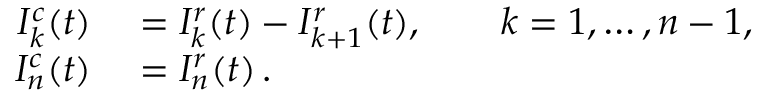
\begin{array} { r l } { I _ { k } ^ { c } ( t ) } & { { } = I _ { k } ^ { r } ( t ) - I _ { k + 1 } ^ { r } ( t ) , \qquad k = 1 , \ldots , n - 1 , } \\ { I _ { n } ^ { c } ( t ) } & { { } = I _ { n } ^ { r } ( t ) \, . } \end{array}